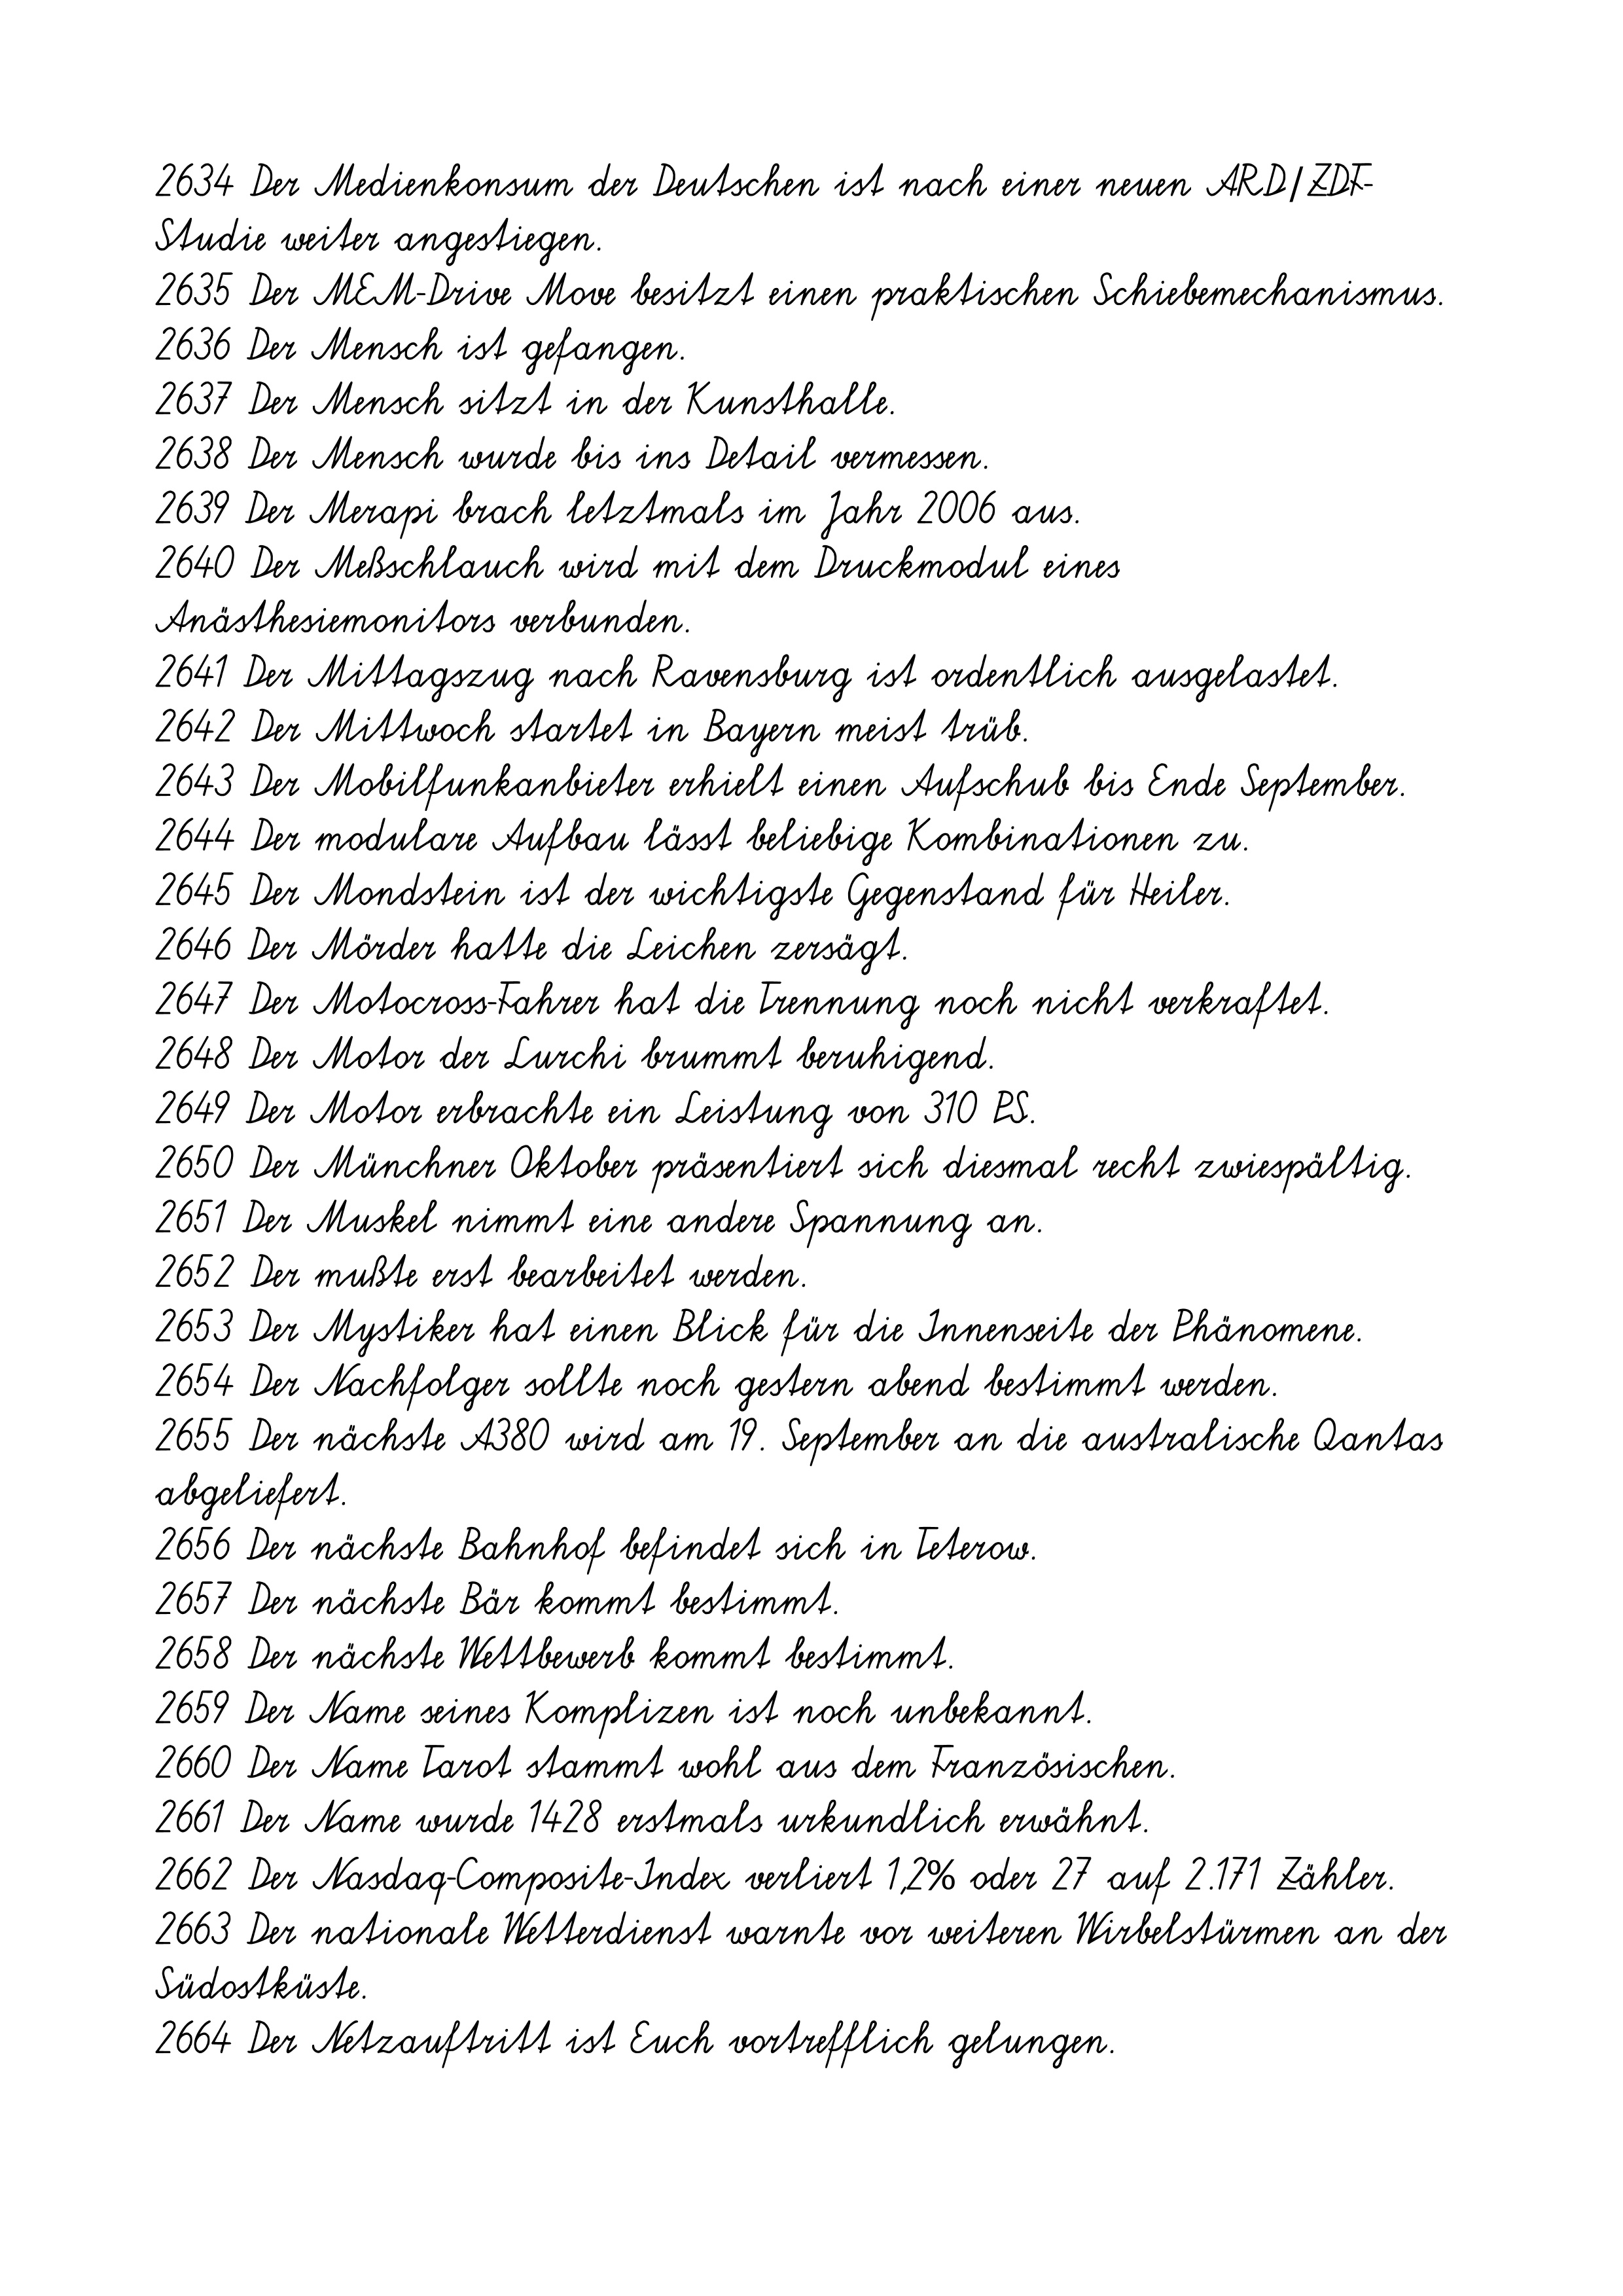
2634 Der Medienkonsum der Deutschen ist nach einer neuen ARD/ZDF-
Studie weiter angestiegen.
2635 Der MEM-Drive Move besitzt einen praktischen Schiebemechanismus.
2636 Der Mensch ist gefangen.
2637 Der Mensch sitzt in der Kunsthalle.
2638 Der Mensch wurde bis ins Detail vermessen.
2639 Der Merapi brach letztmals im Jahr 2006 aus.
2640 Der Meßschlauch wird mit dem Druckmodul eines
Anästhesiemonitors verbunden.
2641 Der Mittagszug nach Ravensburg ist ordentlich ausgelastet.
2642 Der Mittwoch startet in Bayern meist trüb.
2643 Der Mobilfunkanbieter erhielt einen Aufschub bis Ende September.
2644 Der modulare Aufbau lässt beliebige Kombinationen zu.
2645 Der Mondstein ist der wichtigste Gegenstand für Heiler.
2646 Der Mörder hatte die Leichen zersägt.
2647 Der Motocross-Fahrer hat die Trennung noch nicht verkraftet.
2648 Der Motor der Lurchi brummt beruhigend.
2649 Der Motor erbrachte ein Leistung von 310 PS.
2650 Der Münchner Oktober präsentiert sich diesmal recht zwiespältig.
2651 Der Muskel nimmt eine andere Spannung an.
2652 Der mußte erst bearbeitet werden.
2653 Der Mystiker hat einen Blick für die Innenseite der Phänomene.
2654 Der Nachfolger sollte noch gestern abend bestimmt werden.
2655 Der nächste A380 wird am 19. September an die australische Qantas
abgeliefert.
2656 Der nächste Bahnhof befindet sich in Teterow.
2657 Der nächste Bär kommt bestimmt.
2658 Der nächste Wettbewerb kommt bestimmt.
2659 Der Name seines Komplizen ist noch unbekannt.
2660 Der Name Tarot stammt wohl aus dem Französischen.
2661 Der Name wurde 1428 erstmals urkundlich erwähnt.
2662 Der Nasdaq-Composite-Index verliert 1,2% oder 27 auf 2.171 Zähler.
2663 Der nationale Wetterdienst warnte vor weiteren Wirbelstürmen an der
Südostküste.
2664 Der Netzauftritt ist Euch vortrefflich gelungen.